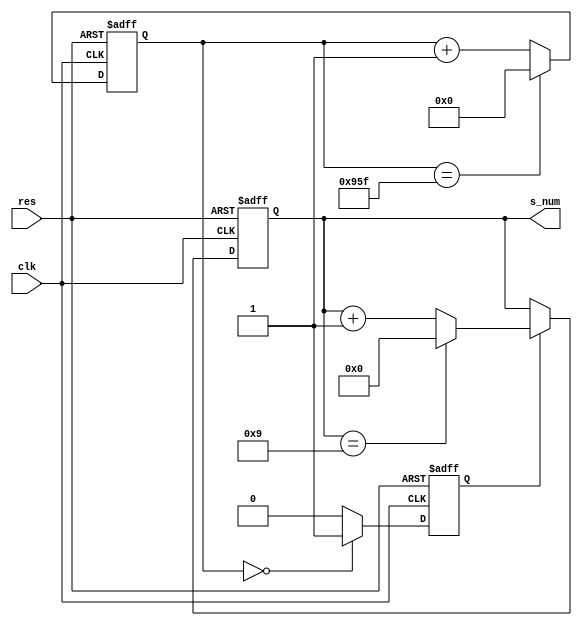
module s_counter (clk,
                  res,
                  s_num);

    input clk,res;
    output[3:0] s_num;

    parameter freq_clk = 24; // 24Mhz

    reg[24:0] con_t; //
    reg s_pulse; // 
    reg[3:0] s_num;

    always @(posedge clk or negedge res) begin
        if (~res)begin
            con_t   <= 0;
            s_pulse <= 0;
            s_num   <= 0;
        end
        else begin
            if (con_t == freq_clk*100-1)begin // 24MHz
                con_t <= 0;
            end
            else begin
                con_t <= con_t+1;
            end

            if (con_t == 0)begin
                s_pulse <= 1;
            end
            else begin
                s_pulse <= 0;
            end

            if (s_pulse==1)begin
                if (s_num == 9)begin
                    s_num <= 0;
                end
                else begin
                    s_num <= s_num+1;
                end
            end

        end

    end

endmodule //s_counter